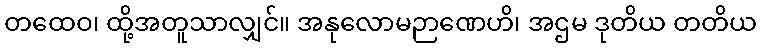
တထေဝ၊ ထို့အတူသာလျှင်။ အနုလောမဉာဏေဟိ၊ အဌမ ဒုတိယ တတိယ